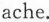
ache.